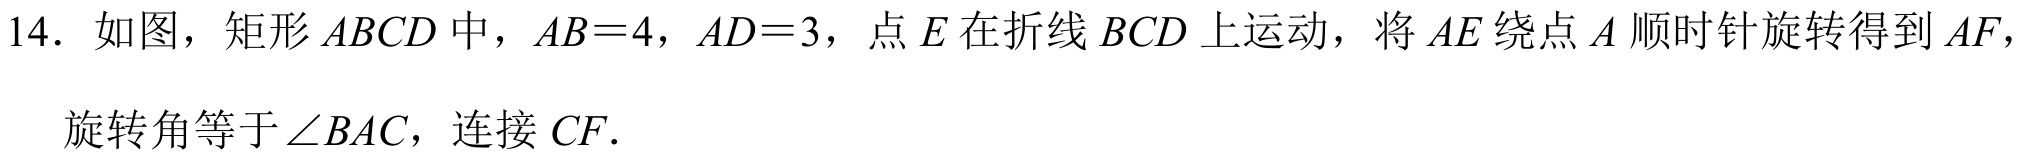
14. 如图，矩形\(ABCD\)中，\(AB = 4\)，\(AD = 3\)，点\(E\)在折线\(BCD\)上运动，将\(AE\)绕点\(A\)顺时针旋转得到\(AF\)，
旋转角等于\(\angle BAC\)，连接\(CF\).